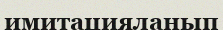
имитацияланып